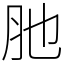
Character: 肔